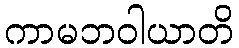
ကာမဘဝါယာတိ